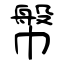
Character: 幋